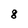
Character: 8